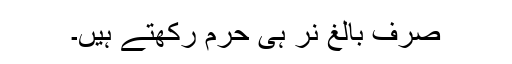
صرف بالغ نر ہی حرم رکھتے ہیں۔